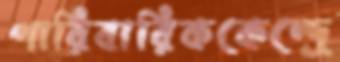
পারিবারিককেন্দ্রে